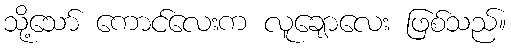
သို့သော် ကောင်လေးက လူချောလေး ဖြစ်သည်။